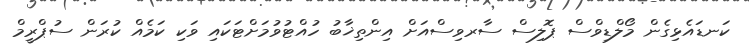
ކަނޑައެޅިގެން މޯލްޑިވްސް ޕޮލިސް ސާރވިސްއަށް އިންތިޚާބު ހުއްޓުވުމަށްޓަކައި ވަކި ކަމެއް ކުރަން ސުޕްރީމް